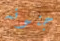
جنونه